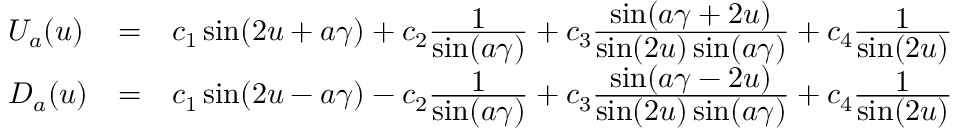
\begin{array} { l c l } { { U _ { a } ( u ) } } & { { = } } & { { c _ { 1 } \sin ( 2 u + a \gamma ) + c _ { 2 } \frac { \textstyle 1 } { \textstyle \sin ( a \gamma ) } + c _ { 3 } \frac { \textstyle \sin ( a \gamma + 2 u ) } { \textstyle \sin ( 2 u ) \sin ( a \gamma ) } + c _ { 4 } \frac { \textstyle 1 } { \textstyle \sin ( 2 u ) } } } \\ { { D _ { a } ( u ) } } & { { = } } & { { c _ { 1 } \sin ( 2 u - a \gamma ) - c _ { 2 } \frac { \textstyle 1 } { \textstyle \sin ( a \gamma ) } + c _ { 3 } \frac { \textstyle \sin ( a \gamma - 2 u ) } { \textstyle \sin ( 2 u ) \sin ( a \gamma ) } + c _ { 4 } \frac { \textstyle 1 } { \textstyle \sin ( 2 u ) } } } \end{array}